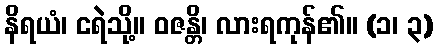
နိရယံ၊ ငရဲသို့။ ဝဇန္တိ၊ လားရကုန်၏။ (၁၊ ၃)